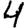
Digit: 4